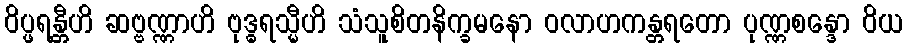
ဝိပ္ဖရန္တီဟိ ဆဗ္ဗဏ္ဏာဟိ ဗုဒ္ဓရသ္မီဟိ သံသူစိတနိက္ခမနော ဝလာဟကန္တရတော ပုဏ္ဏစန္ဒော ဝိယ